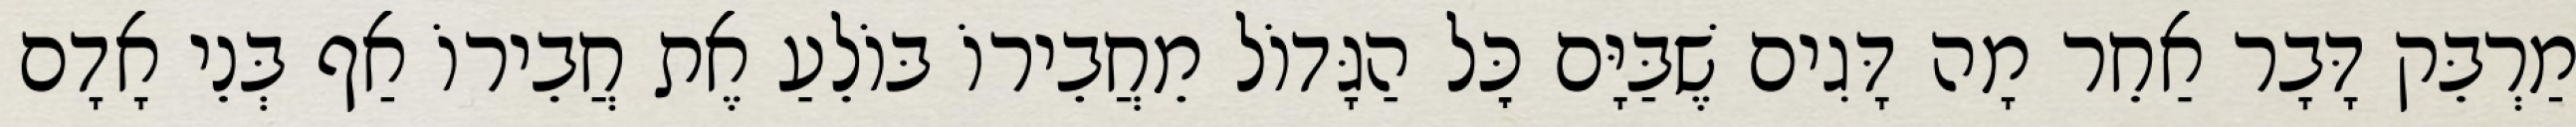
מַרְבֵּק דָּבָר אַחֵר מָה דָּגִים שֶׁבַּיָּם כׇּל הַגָּדוֹל מֵחֲבֵירוֹ בּוֹלֵעַ אֶת חֲבֵירוֹ אַף בְּנֵי אָדָם